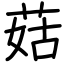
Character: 菇